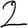
Digit: 2